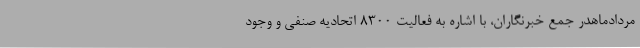
مردادماهدر جمع خبرنگاران، با اشاره به فعالیت 8300 اتحادیه صنفی و وجود